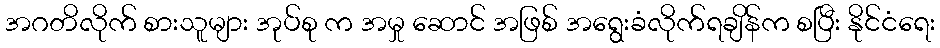
အဂတိလိုက် စားသူများ အုပ်စု က အမှု ဆောင် အဖြစ် အရွေးခံလိုက်ရချိန်က စပြီး နိုင်ငံရေး